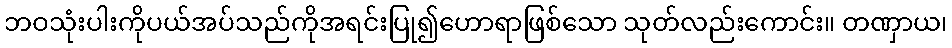
ဘဝသုံးပါးကိုပယ်အပ်သည်ကိုအရင်းပြု၍ဟောရာဖြစ်သော သုတ်လည်းကောင်း။ တဏှာယ၊